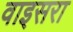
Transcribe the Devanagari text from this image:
वाइसरा